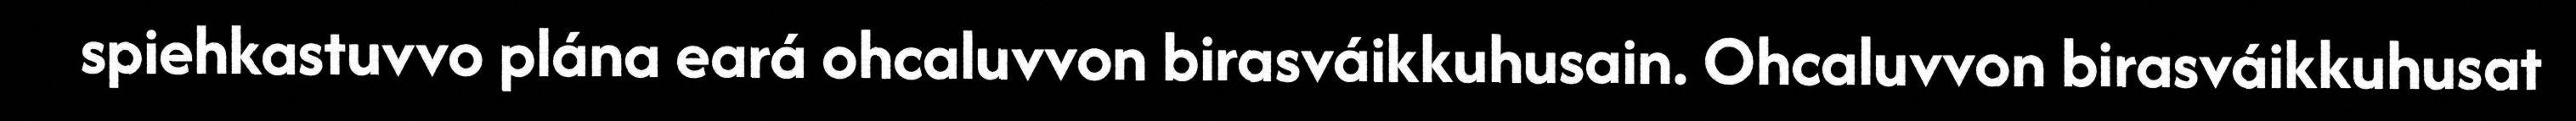
spiehkastuvvo plána eará ohcaluvvon birasváikkuhusain. Ohcaluvvon birasváikkuhusat